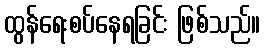
ထွန်ရေးစပ်နေရခြင်း ဖြစ်သည်။